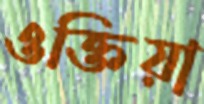
ওক্তিয়া